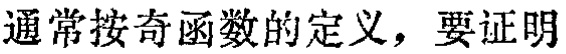
通常按奇函数的定义，要证明